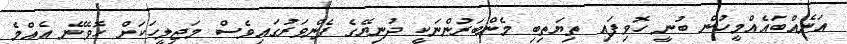
އަނެއްބައެއްމީހުން ބުނީ ހޮވިފައި ތިޔަތިބި މެންބަރުންނަކީ ދުނިޔޭގެ ފެންވަރުގައިވެސް މަޖިލީހަކަށް ހޮވޭނެ އެއްމެ